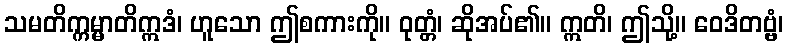
သမတိက္ကမ္မာတိဣဒံ၊ ဟူသော ဤစကားကို။ ဝုတ္တံ၊ ဆိုအပ်၏။ ဣတိ၊ ဤသို့။ ဝေဒိတဗ္ဗံ၊